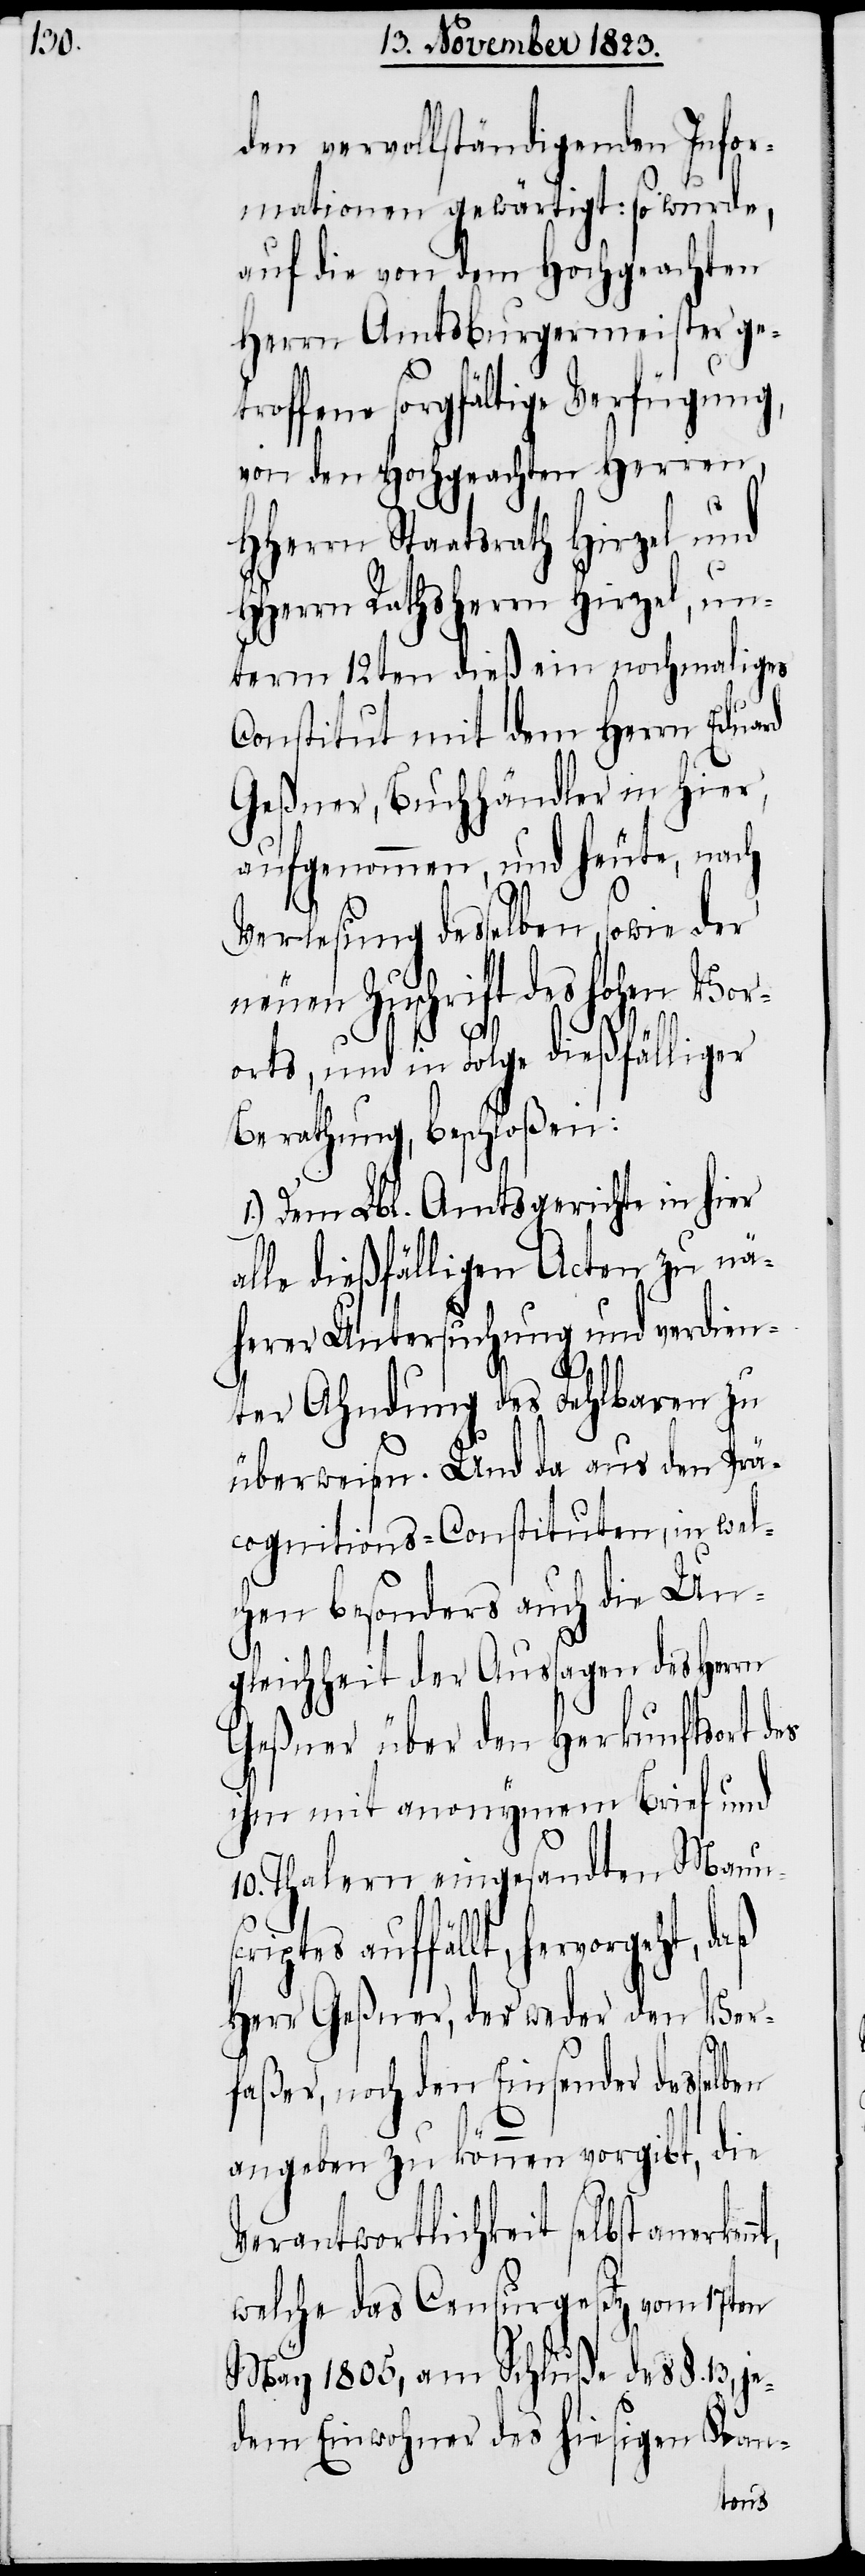
den vervollständigenden Infor¬
mationen gewärtigt: so wurde,
auf die von dem Hochgeachten
Herrn Amtsburgermeister get¬
roffene sorgfältige Verfügung,
von den Hochgeachten Herren,
HHerrn Staatsrath Hirzel und
HHerrn Rathsherrn Hirzel, un¬
term 12ten dieß ein nochmaliges
Constitut mit dem Herrn Eduard
Geßner, Buchhändler in hier,
aufgenommen, und heute, nach
Verlesung desselben, sowie der
neuen Zuschrift des hohen Vor¬
orts, und in Folge dießfälliger
Berathung, beschloßen:
1.) Dem Lbl. Amtsgerichte in hier
alle dießfälligen Acten zu nä¬
herer Untersuchung und verdien¬
ter Ahndung des Fehlbaren zu
überweisen. Und da aus den Präc¬
ognitions-Constituten, in wel¬
chen besonders auch die Un¬
gleichheit der Aussagen des Herrn
Geßner über den Herkunftsort des
ihm mit anonymem Brief und
10. Thalern eingesandten Man¬
iptes auffällt, hervorgeht, daß
Herr Geßner, der weder den Ver¬
faßer, noch den Einsender desse¬
angeben zu können vorgibt, die
Verantwortlichkeit selbst aner¬
welche das Censurgesetz vom 17ten
May 1805, am Schluße des §. 13,
dem Einwohner des hiesigen Kan-
je¬